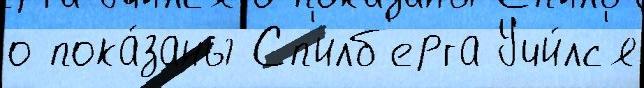
о пока́заны Сп'илб'ерга Учи́лс'я